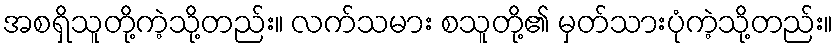
အစရှိသူတို့ကဲ့သို့တည်း။ လက်သမား စသူတို့၏ မှတ်သားပုံကဲ့သို့တည်း။